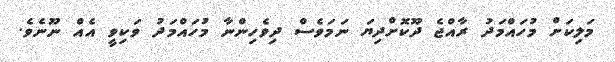
މަލިކަށް މުހައްމަދު ރާއްޖެ ދޫކޮށްދިޔަ ނަމަވެސް ދިވެހިންނާ މުހައްމަދު ވަކިވީ އެއް ނޫނެވެ.